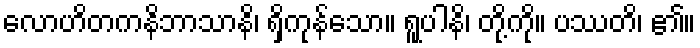
လောဟိတကနိဘာသာနိ၊ ရှိကုန်သော။ ရူပါနိ၊ တို့ကို။ ပဿတိ၊ ၏။